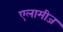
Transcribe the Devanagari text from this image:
एलामीज